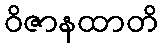
ဝိဇာနထာတိ